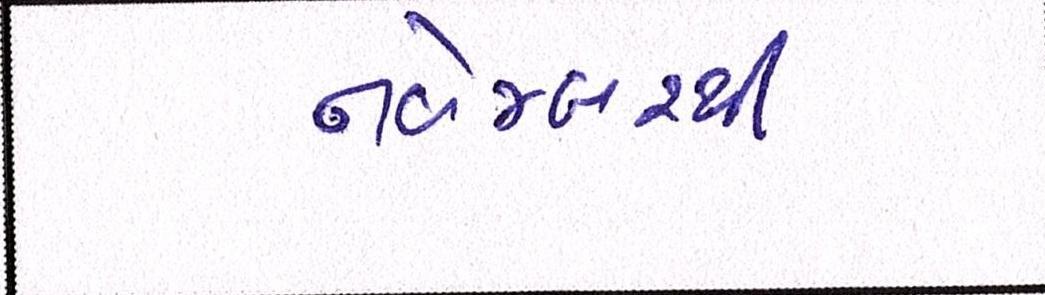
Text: નવેમ્બરથી